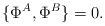
LaTeX: \begin{align*} \{\Phi^A,\Phi^B\}=0. \end{align*}